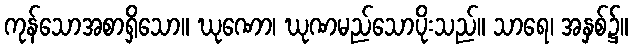
ကုန်သောအစာရှိသော။ ဃုဏော၊ ဃုဏမည်သောပိုးသည်။ သာရေ၊ အနှစ်၌။